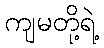
ကျမတို့ရဲ့